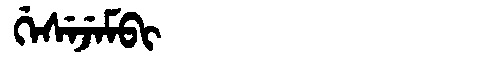
Manchu: ᡤᡝᠰᡝᠵᡝᠮᠪᡳ
Romanization: GESEJEMBI